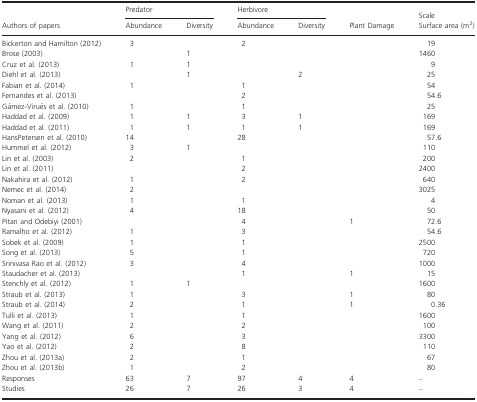
<table><thead><tr><td rowspan="2"><b>Authors of papers</b></td><td colspan="2"><b>Predator</b></td><td colspan="2"><b>Herbivore</b></td><td rowspan="2"><b>Plant Damage</b></td><td><b>Scale</b></td></tr><tr><td><b>Abundance</b></td><td><b>Diversity</b></td><td><b>Abundance</b></td><td><b>Diversity</b></td><td><b>Surface area (m<sup>2</sup>)</b></td></tr></thead><tbody><tr><td>Bickerton and Hamilton (2012)</td><td>3</td><td></td><td>2</td><td></td><td></td><td>19</td></tr><tr><td>Brose (2003)</td><td></td><td>1</td><td></td><td></td><td></td><td>1460</td></tr><tr><td>Cruz et al. (2013)</td><td>1</td><td>1</td><td></td><td></td><td></td><td>9</td></tr><tr><td>Diehl et al. (2013)</td><td></td><td>1</td><td></td><td>2</td><td></td><td>25</td></tr><tr><td>Fabian et al. (2014)</td><td>1</td><td></td><td>1</td><td></td><td></td><td>54</td></tr><tr><td>Fernandes et al. (2013)</td><td></td><td></td><td>2</td><td></td><td></td><td>54.6</td></tr><tr><td>Gámez‐Virués et al. (2010)</td><td>1</td><td></td><td>1</td><td></td><td></td><td>25</td></tr><tr><td>Haddad et al. (2009)</td><td>1</td><td>1</td><td>3</td><td>1</td><td></td><td>169</td></tr><tr><td>Haddad et al. (2011)</td><td>1</td><td>1</td><td>1</td><td>1</td><td></td><td>169</td></tr><tr><td>HansPetersen et al. (2010)</td><td>14</td><td></td><td>28</td><td></td><td></td><td>57.6</td></tr><tr><td>Hummel et al. (2012)</td><td>3</td><td>1</td><td></td><td></td><td></td><td>110</td></tr><tr><td>Lin et al. (2003)</td><td>2</td><td></td><td>1</td><td></td><td></td><td>200</td></tr><tr><td>Lin et al. (2011)</td><td></td><td></td><td>2</td><td></td><td></td><td>2400</td></tr><tr><td>Nakahira et al. (2012)</td><td>1</td><td></td><td>2</td><td></td><td></td><td>640</td></tr><tr><td>Nemec et al. (2014)</td><td>2</td><td></td><td></td><td></td><td></td><td>3025</td></tr><tr><td>Noman et al. (2013)</td><td>1</td><td></td><td>1</td><td></td><td></td><td>4</td></tr><tr><td>Nyasani et al. (2012)</td><td>4</td><td></td><td>18</td><td></td><td></td><td>50</td></tr><tr><td>Pitan and Odebiyi (2001)</td><td></td><td></td><td>4</td><td></td><td>1</td><td>72.6</td></tr><tr><td>Ramalho et al. (2012)</td><td>1</td><td></td><td>3</td><td></td><td></td><td>54.6</td></tr><tr><td>Sobek et al. (2009)</td><td>1</td><td></td><td>1</td><td></td><td></td><td>2500</td></tr><tr><td>Song et al. (2013)</td><td>5</td><td></td><td>1</td><td></td><td></td><td>720</td></tr><tr><td>Srinivasa Rao et al. (2012)</td><td>3</td><td></td><td>4</td><td></td><td></td><td>1000</td></tr><tr><td>Staudacher et al. (2013)</td><td></td><td></td><td>1</td><td></td><td>1</td><td>15</td></tr><tr><td>Stenchly et al. (2012)</td><td>1</td><td>1</td><td></td><td></td><td></td><td>1600</td></tr><tr><td>Straub et al. (2013)</td><td>1</td><td></td><td>3</td><td></td><td>1</td><td>80</td></tr><tr><td>Straub et al. (2014)</td><td>2</td><td></td><td>1</td><td></td><td>1</td><td>0.36</td></tr><tr><td>Tulli et al. (2013)</td><td>1</td><td></td><td>1</td><td></td><td></td><td>1600</td></tr><tr><td>Wang et al. (2011)</td><td>2</td><td></td><td>2</td><td></td><td></td><td>100</td></tr><tr><td>Yang et al. (2012)</td><td>6</td><td></td><td>3</td><td></td><td></td><td>3300</td></tr><tr><td>Yao et al. (2012)</td><td>2</td><td></td><td>8</td><td></td><td></td><td>110</td></tr><tr><td>Zhou et al. (2013a)</td><td>2</td><td></td><td>1</td><td></td><td></td><td>67</td></tr><tr><td>Zhou et al. (2013b)</td><td>1</td><td></td><td>2</td><td></td><td></td><td>80</td></tr><tr><td>Responses</td><td>63</td><td>7</td><td>97</td><td>4</td><td>4</td><td>–</td></tr><tr><td>Studies</td><td>26</td><td>7</td><td>26</td><td>3</td><td>4</td><td>–</td></tr></tbody></table>